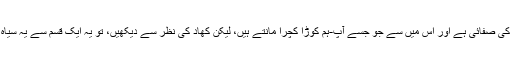
اور یہ جو ٹوائلٹ پٹ کی صفائی ہے اور اس میں سے جو جسے آپ-ہم کوڑا کچرا مانتے ہیں، لیکن کھاد کی نظر سے دیکھیں، تو یہ ایک قسم سے یہ سیاہ سونے جیسا ہوتا ہے۔